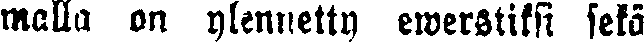
malla on ylennetty ewerstiksi sekä